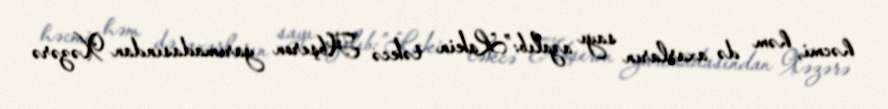
həcmi, həm də axarların sayı azalıb:”Lakin təkcə Abşeron yarımadasından Xəzərə